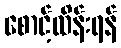
စောင့်ထိန်းရန်